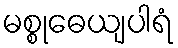
မစ္စုဓေယျပါရံ